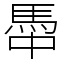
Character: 馽